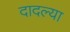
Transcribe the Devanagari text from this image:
दादल्या